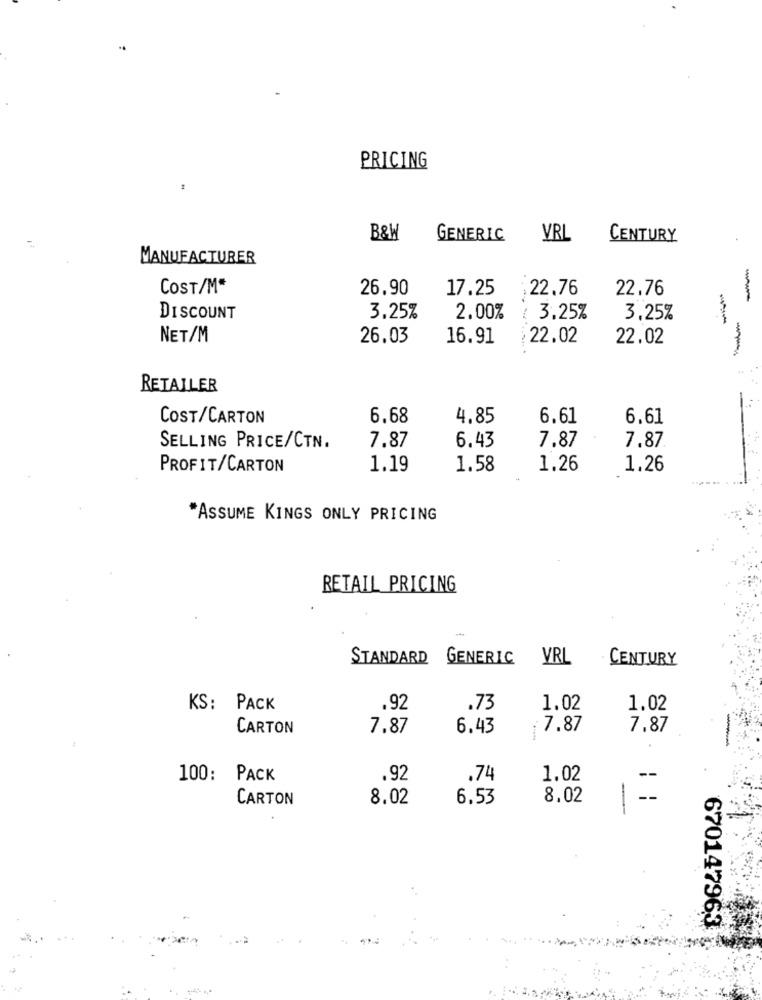
PRICING
B&W
GENERIC
VRL
CENTURY
MANUFACTURER
COST/M*
26.90
17.25
22.76
22.76
DISCOUNT
3.25%
2.00%
3.25%
3,25%
NET/M
26.03
16.91
22.02
22.02
-
RETAILER
COST/CARTON
6.68
4,85
6.61
6.61
7.87
6.43
7.87
SELLING PRICE/CTN.
7.87
PROFIT/CARTON
1.19
1.58
1.26
1.26
*ASSUME KINGS ONLY PRICING
RETAIL PRICING
STANDARD
GENERIC
VRL
CENTURY
KS: PACK
.92
.73
1.02
1.02
CARTON
7.87
6.43
7.87
7,87
100: PACK
.92
.74
1.02
CARTON
8.02
6.53
8,02
-
670147963